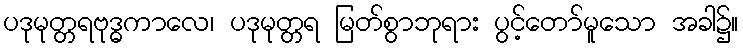
ပဒုမုတ္တရဗုဒ္ဓကာလေ၊ ပဒုမုတ္တရ မြတ်စွာဘုရား ပွင့်တော်မူသော အခါ၌။